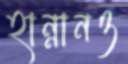
হান্নানও